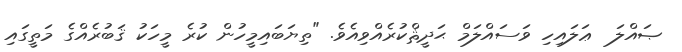
ޞައްލަ  ޢަލައިހި ވަސައްލަމް ޙަދީޘްކުރެއްވިއެވެ. "ތިޔަބައިމީހުން ކުރެ މީހަކު ޤަބުރެއްގެ މަތީގައި